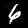
Digit: 6